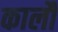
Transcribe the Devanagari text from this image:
कालौं